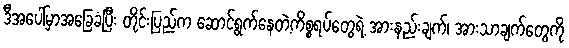
ဒီအပေါ်မှာအခြေခံပြီး တိုင်းပြည်က ဆောင်ရွက်နေတဲ့ကိစ္စရပ်တွေရဲ့ အားနည်းချက်၊ အားသာချက်တွေကို